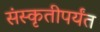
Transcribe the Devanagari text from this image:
संस्कृतीपर्यंत